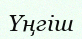
Үңгіш